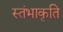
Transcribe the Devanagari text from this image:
स्तंभाकृति